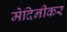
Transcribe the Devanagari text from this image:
मेदिनीकर